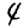
Digit: 4